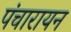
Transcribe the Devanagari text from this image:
पंचारायन